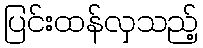
ပြင်းထန်လှသည့်